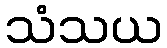
သံသယ